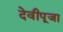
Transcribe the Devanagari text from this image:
देवीपूजा